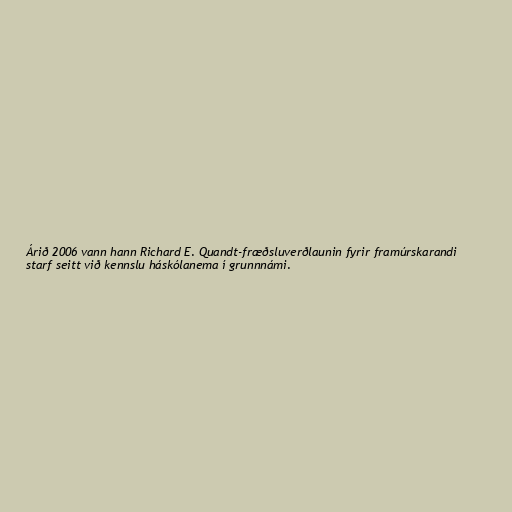
Árið 2006 vann hann Richard E. Quandt-fræðsluverðlaunin fyrir framúrskarandi
starf seitt við kennslu háskólanema í grunnnámi.